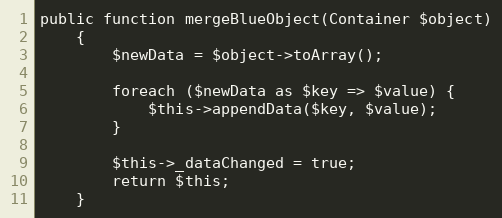
Language: PHP
public function mergeBlueObject(Container $object)
    {
        $newData = $object->toArray();

        foreach ($newData as $key => $value) {
            $this->appendData($key, $value);
        }

        $this->_dataChanged = true;
        return $this;
    }